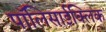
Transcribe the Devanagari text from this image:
पॉलिसाईक्लिक